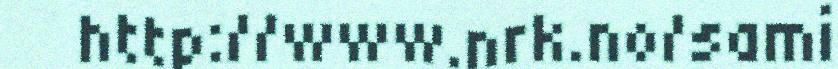
http://www.nrk.no/sami